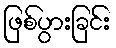
ဖြစ်ပွားခြင်း